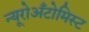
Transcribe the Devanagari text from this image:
न्यूरोअँटोमिस्ट